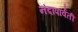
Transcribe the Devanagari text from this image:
नंदापार्वती